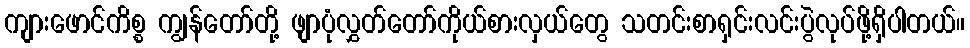
ကျားဖောင်ကိစ္စ ကျွန်တော်တို့ ဖျာပုံလွှတ်တော်ကိုယ်စားလှယ်တွေ သတင်းစာရှင်းလင်းပွဲလုပ်ဖို့ရှိပါတယ်။